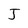
Character: I